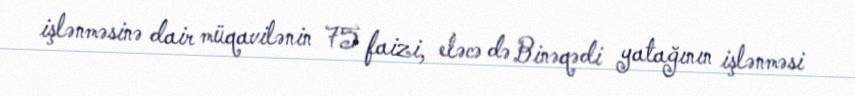
işlənməsinə dair müqavilənin 75 faizi, eləcə də Binəqədi yatağının işlənməsi